Annual statistical returns and brief notes on vaccination in Bengal - 1909-1929
Year: 1909
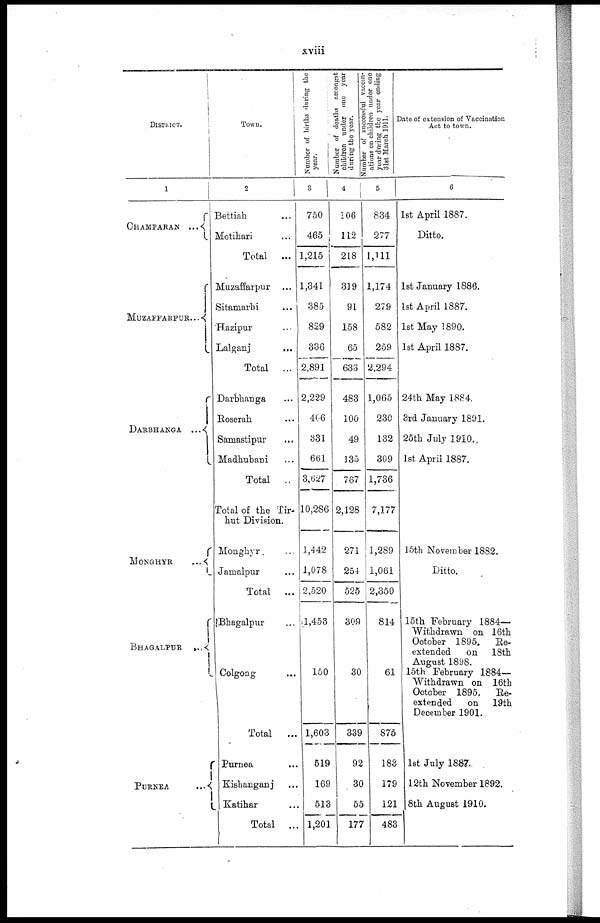
xviii
DISTRICT.
1
CHAMPARAN...
MUZAFFARPUR...
DARBHANGA...
MONGHYR...
BHAGALPUR...
PURNEA...
Town.
2
Bettiah... ...
Motihari... ...
Total...
Muzaffarpur... ...
Sitamarhi... ...
Hazipur... ...
Lalganj...
...
Total...
Darbhanga... ...
Roserah... ...
Samastipur... ...
Madhubani... ...
Total...
Total of the Tir-
hut Division.
Monghyr...
Jamalpur... ...
Total...
Bhagalpur... ...
Colgong...
Total...
Purnea...
Kishanganj... ...
Katihar... ...
Total
...
Number of births during the
year.
3
750
465
1,215
1,341
385
829
336
2,891
2,229
406
331
661
3,627
10,286
1,442
1,078
2,520
1,453
150
1,603
519
169
513
1,201
Number of deaths amongst
children under one year
during the year.
4
106
112
218
319
91
158
65
633
483
100
49
135
767
2,128
271
254
525
309
30
339
92
30
55
177
Number of successful vaccin-
ations on children under one
year during; the year ending
31st March 1911.
5
834
277
1,111
1,174
279
582
259
2,294
1,065
230
132
309
1,736
7,177
1,289
1,061
2,350
814
61
875
183
179
121
483
Date of extension of Vaccination
Act to town.
6
1st April 1887.
Ditto.
1st January 1886.
1st April 1887.
1st May 1890.
1st April 1887.
24th May 1884.
3rd January 1891.
25th July 1910.
1st April 1887.
15th November 1882.
Ditto.
15th February 1884—
Withdrawn on 16th
October 1895.
Re-
extended
on
18th
August 1898.
15th February 1884—
Withdrawn on 16th
October 1895.
Re-
extended
on
18th
December 1901.
1st July 1887,
12th November 1892.
8th August 1910.